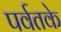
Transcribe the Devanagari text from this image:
पर्वतके